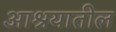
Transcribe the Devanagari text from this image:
आश्रयातील